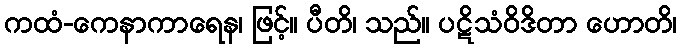
ကထံ-ကေနာကာရေန၊ ဖြင့်။ ပီတိ၊ သည်။ ပဋိသံဝိဒိတာ ဟောတိ၊